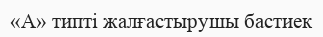
«А» типті жалғастырушы бастиек